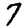
Digit: 7